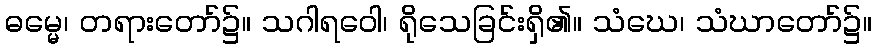
ဓမ္မေ၊ တရားတော်၌။ သဂါရဝေါ၊ ရိုသေခြင်းရှိ၏။ သံဃေ၊ သံဃာတော်၌။